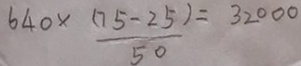
6 4 0 \times \frac { ( 7 5 - 2 5 ) } { 5 0 } = 3 2 0 0 0